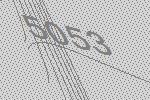
5053